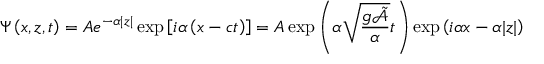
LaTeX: \Psi \left( x , z , t \right) = A e ^ { - \alpha | z | } \exp \left[ i \alpha \left( x - c t \right) \right] = A \exp \left( \alpha { \sqrt { \frac { g { \tilde { \mathcal { A } } } } { \alpha } } } t \right) \exp \left( i \alpha x - \alpha | z | \right)